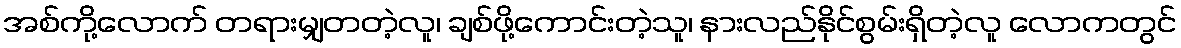
အစ်ကို့လောက် တရားမျှတတဲ့လူ၊ ချစ်ဖို့ကောင်းတဲ့သူ၊ နားလည်နိုင်စွမ်းရှိတဲ့လူ လောကတွင်